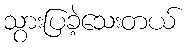
သွားပြခဲ့သေးတယ်